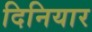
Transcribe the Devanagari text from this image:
दिनियार